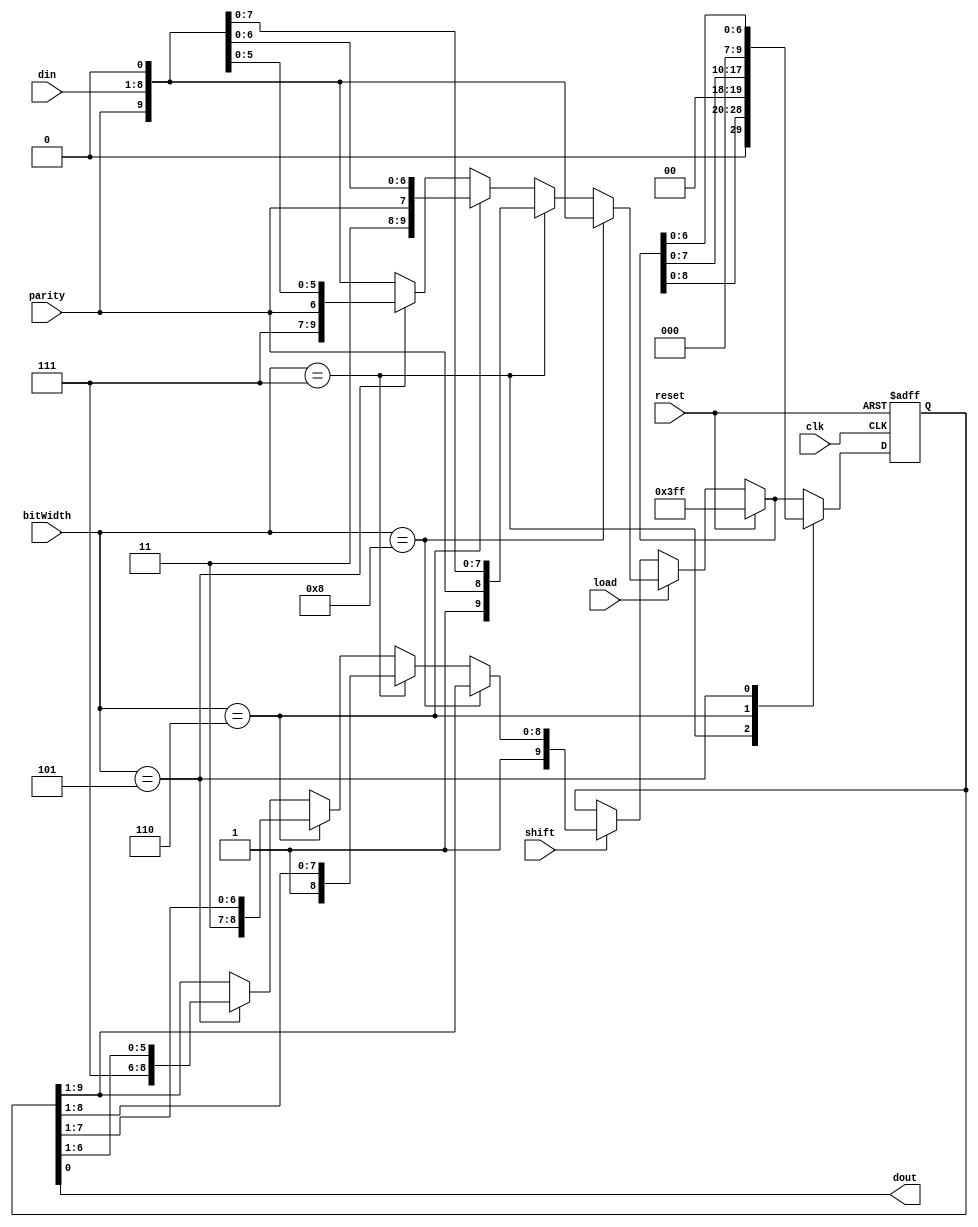
module ShiftReg #(parameter DSIZE = 8) (bitWidth,clk, reset, din, parity, load, shift, dout);  //8
input clk, reset, parity, load, shift;
input [DSIZE - 1:0] din;
input [3:0] bitWidth; 
output dout;

wire [DSIZE + 1:0] ns;
reg [DSIZE + 1:0] q;

assign ns = reset ? (1<<DSIZE + 2) - 1  :
						load ? ((bitWidth==4'd8)? {parity, din[7 : 0], 1'b0} :
								(bitWidth==4'd7)? {1'b1,parity, din[6 : 0], 1'b0} :
								(bitWidth==4'd6)? {2'b11,parity, din[5 : 0], 1'b0} :
								(bitWidth==4'd5)? {3'b111,parity, din[4 : 0], 1'b0} : {parity, din[7 : 0], 1'b0} ):
						shift ? ((bitWidth==4'd8)?{1'b1, q[9:1]}:
								 (bitWidth==4'd7)?{2'b11, q[8:1]}:
								 (bitWidth==4'd6)?{3'b111, q[7:1]}:
								 (bitWidth==4'd5)?{4'b1111, q[6:1]}:{1'b1, q[9:1]}) :
						q;
						
always @(posedge clk or posedge reset)
begin
	if (reset)
		q <= (1<<DSIZE + 2) - 1;
	else begin
		case(bitWidth) 
			4'd8:q <= ns[9 : 0];
			4'd7:q <= ns[8 : 0];
			4'd6:q <= ns[7 : 0];
			4'd5:q <= ns[6 : 0];
			default: q <= ns[9 : 0];
		endcase	
	end
end

assign dout = q[0];

endmodule